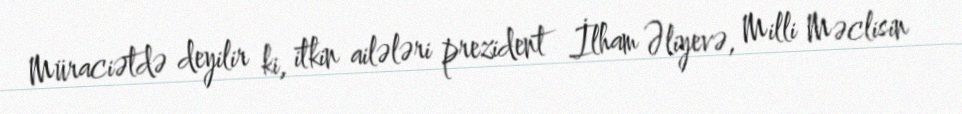
Müraciətdə deyilir ki, itkin ailələri prezident İlham Əliyevə, Milli Məclisin